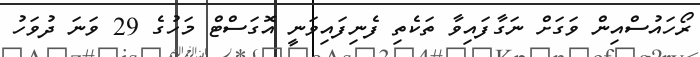
ރޯހައުސްއިން ވަގަށް ނަގާފައިވާ ތަކެތި ފެނިފައިވަނީ އޮގަސްޓް މަހުގެ 29 ވަނަ ދުވަހު